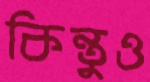
কিন্তুও